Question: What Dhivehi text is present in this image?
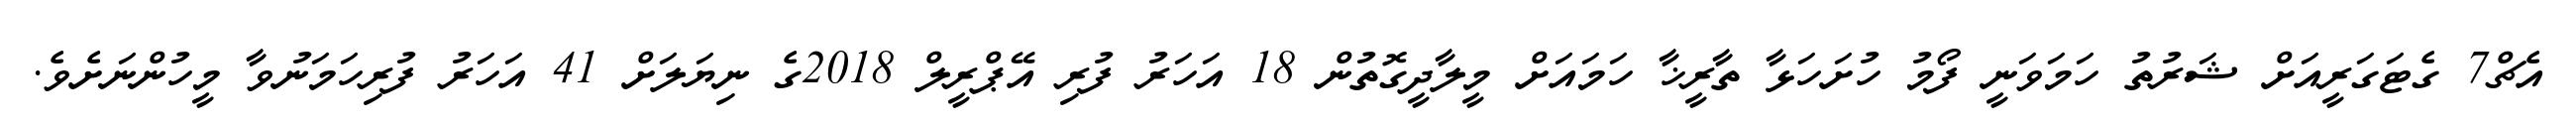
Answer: އެޗް7 ގެޓަގަރީއަށް ޝަރުތު ހަމަވަނީ ފޯމު ހުށަހަޅާ ތާރީޚާ ހަމައަށް މީލާދީގޮތުން 18 އަހަރު ފުރި އޭޕްރީލް 2018ގެ ނިޔަލަށް 41 އަހަރު ފުރިހަމަނުވާ މީހުންނަށެވެ.